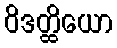
ဝိဒတ္ထိယော